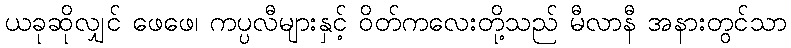
ယခုဆိုလျှင် ဖေဖေ၊ ကပ္ပလီများနှင့် ဝိတ်ကလေးတို့သည် မီလာနီ အနားတွင်သာ